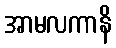
အာမလကာနိ